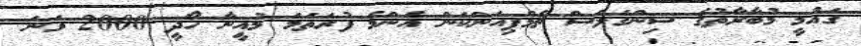
ގައުމީ މުބާރާތުގެ ސިންގަލްސް ޗެމްޕިއަންކަން އެންމެ ފުރަތަމަ މުއީނާ ހޯދީ 2000 ވަނަ